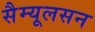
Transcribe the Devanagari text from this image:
सैम्यूलसन